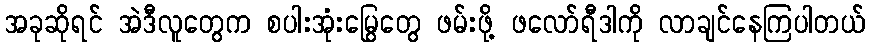
အခုဆိုရင် အဲဒီလူတွေက စပါးအုံးမြွေတွေ ဖမ်းဖို့ ဖလော်ရီဒါကို လာချင်နေကြပါတယ်